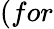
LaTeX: (for